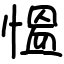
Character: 慍